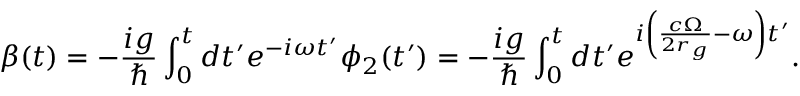
\beta ( t ) = - \frac { i g } { \hslash } \int _ { 0 } ^ { t } d t ^ { \prime } e ^ { - i \omega t ^ { \prime } } \phi _ { 2 } ( t ^ { \prime } ) = - \frac { i g } { \hslash } \int _ { 0 } ^ { t } d t ^ { \prime } e ^ { i \left( \frac { c \Omega } { 2 r _ { g } } - \omega \right) t ^ { \prime } } .